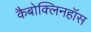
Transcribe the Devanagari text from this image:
कैबोक्लिनहॉस